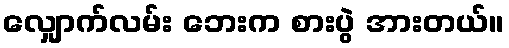
လျှောက်လမ်း ဘေးက စားပွဲ အားတယ်။